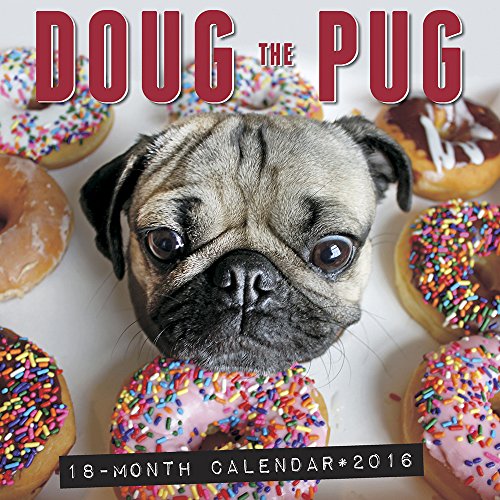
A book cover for Doug the Pug 2016 Wall Calendar; Doug the Pug; Calendars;